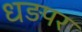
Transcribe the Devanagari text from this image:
धड़पर